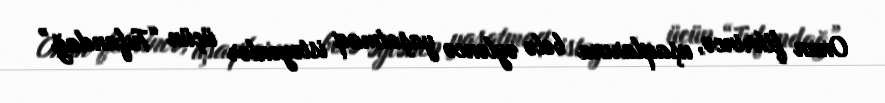
Onun fikrincə, uşaqlarına belə əyləncə yaşatmaq istəyənlər üçün “Tufandağ”